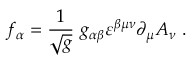
f _ { \alpha } = \frac { 1 } { \sqrt { g } } \ g _ { \alpha \beta } \varepsilon ^ { \beta \mu \nu } \partial _ { \mu } A _ { \nu } \ .